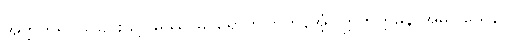
အတ္တဟူ၍ ယူခြင်းသို့။ မိဿာမ၊ ရောက်ကြကုန်အံ့။ ဣတိဣမိနာအဓိပ္ပါယေန၊